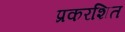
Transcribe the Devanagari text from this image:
प्रकरशित